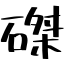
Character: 磔